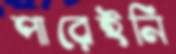
পারেইনি